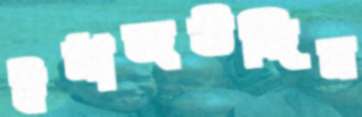
ইমাজউদ্দিন